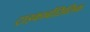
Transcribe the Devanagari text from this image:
ट्राइकार्बोसिलिक